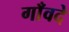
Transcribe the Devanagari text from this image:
गाँवदे